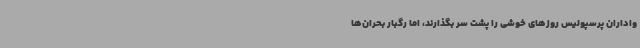
واداران پرسپولیس روزهای خوشی را پشت‌ سر بگذارند، اما رگبار بحران‌ها